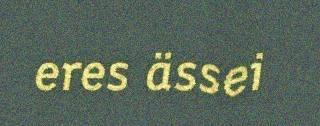
eres ässei